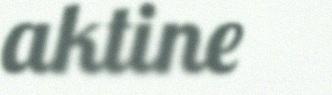
aktine